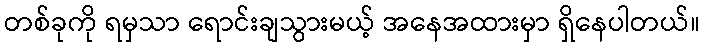
တစ်ခုကို ရမှသာ ရောင်းချသွားမယ့် အနေအထားမှာ ရှိနေပါတယ်။